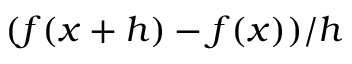
( f ( x + h ) - f ( x ) ) / h